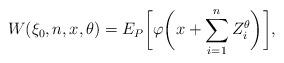
LaTeX: \begin{align*}W(\xi_0,n,x,\theta)=E_P\biggl[\varphi\biggl(x+\sum_{i=1}^{n} Z_i^\theta\biggr)\biggr],\end{align*}